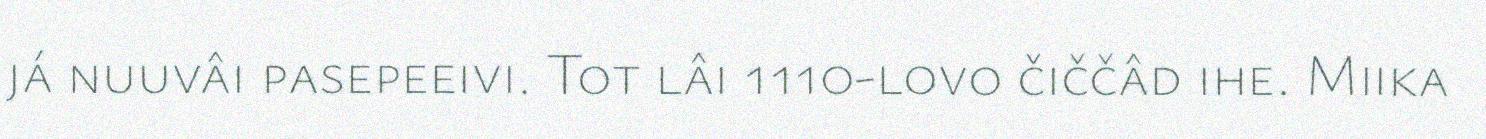
já nuuvâi pasepeeivi. Tot lâi 1110-lovo čiččâd ihe. Miika